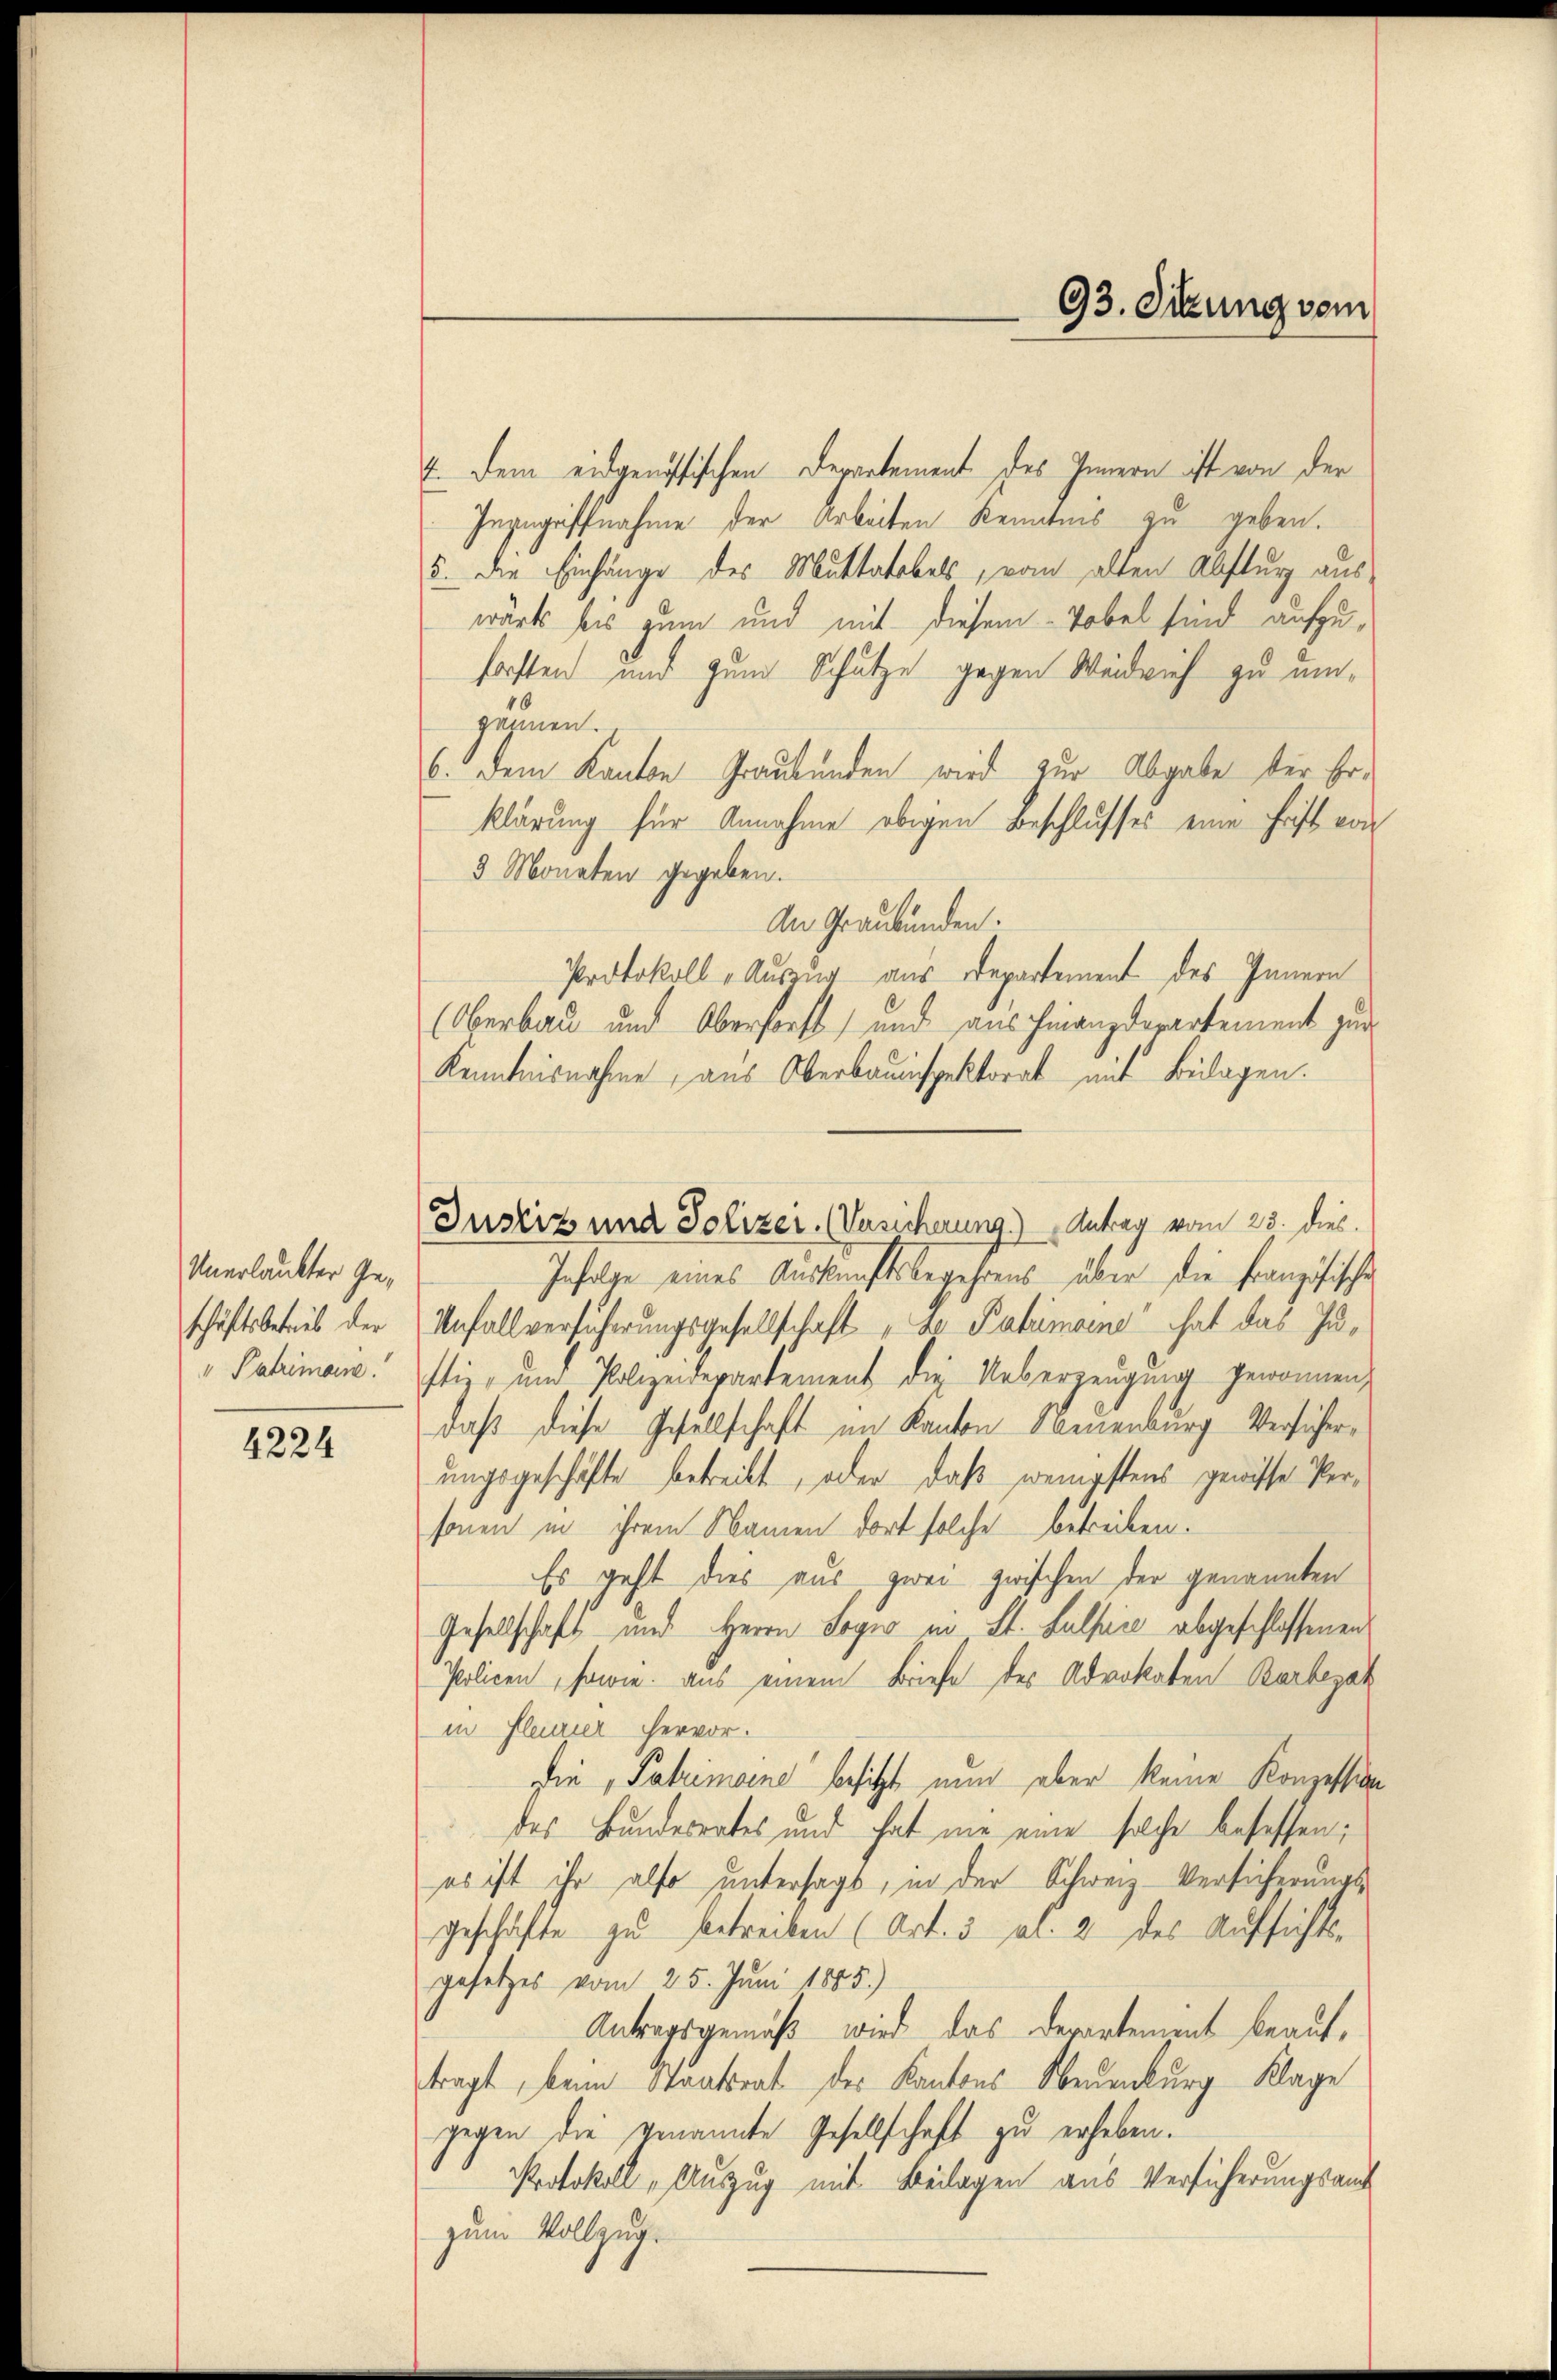
Unerlaubter Geschäftsbetreib der
" Patrimanne.

4224

1. Dem eidgenössischen Departement des Innern ist von der
Ingegriffnahme der Arbeiten Kenntnis zu geben.
5. Die Einhänge des Muttatobel, vom alten Absturz auswärts bis zum und mit diesem Tobel sind aufzuforsten und zum Schutze gegen Weidrief zu emgennen.
6. Dem Kanton Graubünden wird zur Abgabe der Erklärung für Annahme obigen Beschlusses eine Frist von
3 Monaten gegeben.
An Graubünden.
Protokoll - Auszug aus Departement des Innern
(Oberbau und Obersorft) und aus Finanzdepartement zur
Kenntnisnahme, aus Oberbauinspektorat mit Beilagen.
Infolge eines Auskunftsbegehrens über die Französische
Unfallversicherungsgesellschaft „de Patrimoins hat das Justiz, ŭm Polizeidepartement die Ueberzeugung gewonnen
daß diese Gesellschaft im Kanton Neuenburg Versicherungsgeschäfte betreibt, oder daß wenigstens gewisse Personen in ihrem Namen dort solche betreiben.
Es geht dies aus, zwei zwischen der genannten
Gesellschaft und Herrn Segno in St. Sulsie abgeschlossenen
Policen, sowie aus einem Briefe des Advokaten Barbezah
in fleurier hervor.
die Patrimoine besitzt nun aber keine Konzession
des Bundesrates und hat nie eine solche besessen;
es ist ihr also untersagt, in der Schweiz. Versicherungs-
geschäfte zu betreiben (Art. 5 Fr. 2 des Aufsichts-
gesetzes vom 25. Juni 1885.)
Antragsgemäß wird das Departement beauftragt, beim Staatsrat des Kantons Neuenburg Klage
gegen die venannte Gesellschaft zu erheben.
Protokoll „Auszug mit Beilagen aus Versicherungsamt
zum Vollzug.

93. Sitzung vom

Justiz und Polizer. (Versicherung.) Antrag vom 23. dies.